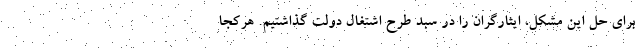
برای حل این مشکل، ایثارگران را در سبد طرح اشتغال دولت گذاشتیم. هرکجا